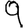
Digit: 9